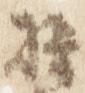
権